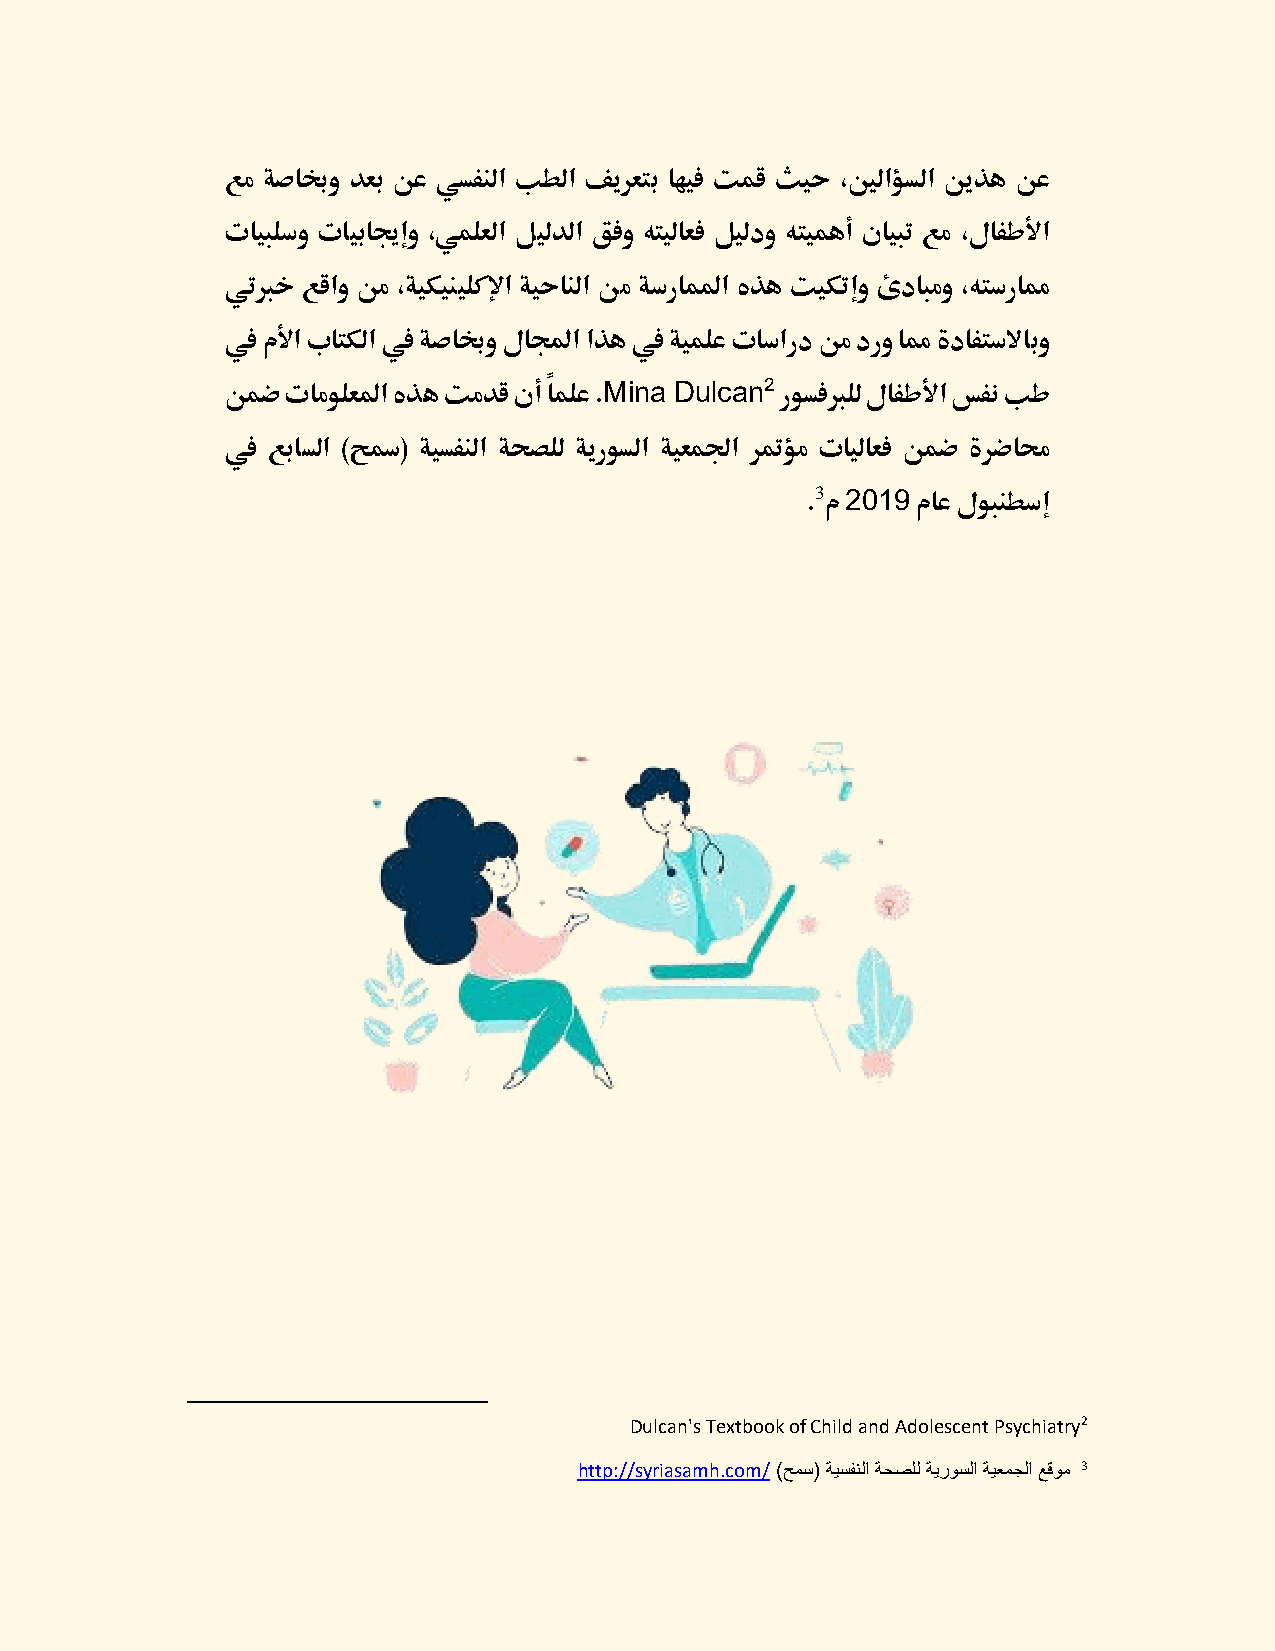
عم ةصابخو دعب نع يسفنلا بطلا فيرعتب اهيف تمق ثيح ،ينلاؤسلا نيذه نع
 تايبلسو تايبايجإو ،يملعلا ليلدلا قفو هتيلاعف ليلدو هتيمهأ نايبت عم ،لافطلأا
 يتبرخ عقاو نم ،ةيكينيلكلإا ةيحانلا نم ةسراملما هذه تيكتإو ئدابمو ،هتسرامم
 في ملأا باتكلا في ةصابخو لالمجا اذه في ةيملع تاسارد نم درو امم ةدافتسلاابو
 Mina Dulcan2
 نمض تامولعلما هذه تمدق نأ ًاملع .    روسفبرلل لافطلأا سفن بط
 في عباسلا )حسم( ةيسفنلا ةحصلل ةيروسلا ةيعملجا رتمؤم تايلاعف نمض ةرضامح
 3 2019
 . م     ماع لوبنطسإ
 Dulcan's Textbook of Child and Adolescent Psychiatry2
 http://syriasamh.com/ )حمس( ةيسفنلا ةحصلل ةيروسلا ةيعمجلا عقوم 3